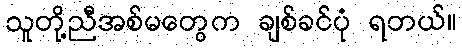
သူတို့ညီအစ်မတွေက ချစ်ခင်ပုံ ရတယ်။